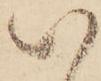
い